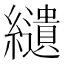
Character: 𦇞